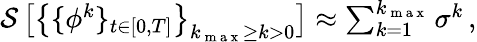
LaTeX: \begin{array}{r}{\mathcal{S}\left[\big\{ \{ {\phi}^{k}\} _{t\in[0,T]}\big\} _{k_{\mathrm{~m~a~x~}}\geq k>0}\right]\approx\sum_{k=1}^{k_{\mathrm{~m~a~x~}}}\sigma^{k}\, ,}\end{array}